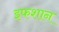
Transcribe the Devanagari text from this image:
इफशान